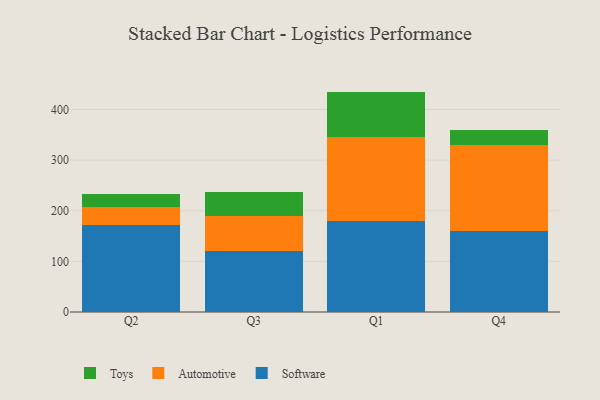
{"axis": {"x": "Quarter", "y": "Satisfaction Score"}, "legend": ["Automotive", "Software", "Toys"], "data": [{"x": "Q2", "y": 171.5, "type": "Software"}, {"x": "Q2", "y": 35.5, "type": "Automotive"}, {"x": "Q2", "y": 26.9, "type": "Toys"}, {"x": "Q3", "y": 120.0, "type": "Software"}, {"x": "Q3", "y": 69.6, "type": "Automotive"}, {"x": "Q3", "y": 48.1, "type": "Toys"}, {"x": "Q1", "y": 179.5, "type": "Software"}, {"x": "Q1", "y": 167.0, "type": "Automotive"}, {"x": "Q1", "y": 88.9, "type": "Toys"}, {"x": "Q4", "y": 159.4, "type": "Software"}, {"x": "Q4", "y": 170.7, "type": "Automotive"}, {"x": "Q4", "y": 29.6, "type": "Toys"}]}